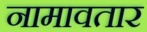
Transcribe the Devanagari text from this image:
नामावतार